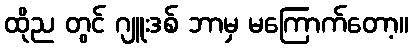
ထိုည တွင် ဂျူးဒစ် ဘာမှ မကြောက်တော့။